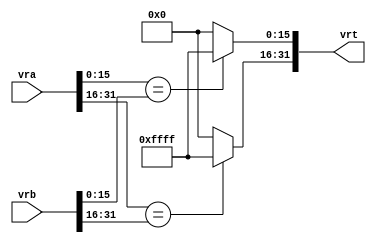
module vsfx_vcmpequh(
    vrt,
    vra,
    vrb
);

output  [31 : 0]    vrt;
input   [31 : 0]    vra;
input   [31 : 0]    vrb;

wire    [31 : 0]    vrt;

assign vrt[15:0]  = (vra[15:0] == vrb[15:0]) ? 16'hffff : 16'b0;
assign vrt[31:16] = (vra[31:16] == vrb[31:16]) ? 16'hffff : 16'b0;


endmodule